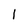
Character: 1